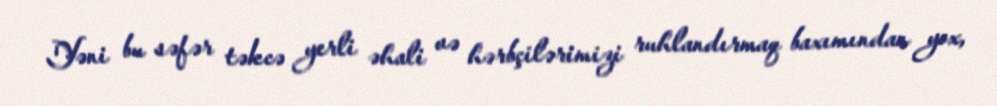
Yəni bu səfər təkcə yerli əhali və hərbçilərimizi ruhlandırmaq baxımından yox,